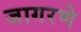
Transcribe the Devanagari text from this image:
जागरणे